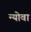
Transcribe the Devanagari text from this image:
न्योवा